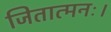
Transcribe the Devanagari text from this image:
जितात्मनः।